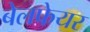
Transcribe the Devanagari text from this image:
बेलफेयर